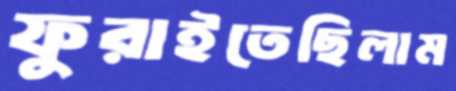
ফুরাইতেছিলাম